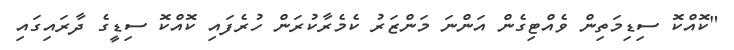
"ކޮއްކޮ ސިޑިމަތިން ވެއްޓިގެން އަންނަ މަންޒަރު ކެމެރާކުރަން ހުރެފައި ކޮއްކޮ ސިޑީގެ ދާރައިގައި